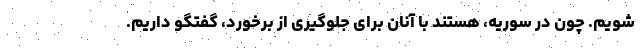
شویم. چون در سوریه، هستند با آنان برای جلوگیری از برخورد، گفتگو داریم.